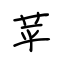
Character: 苹